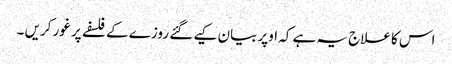
اس کا علاج یہ ہے کہ اوپر بیان کیے گئے روزے کے فلسفے پر غور کریں ۔